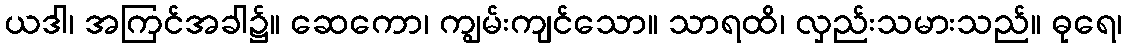
ယဒါ၊ အကြင်အခါ၌။ ဆေကော၊ ကျွမ်းကျင်သော။ သာရထိ၊ လှည်းသမားသည်။ ဓုရေ၊